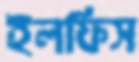
ইলফিস